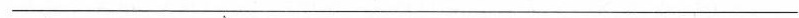
___